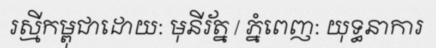
រស្មីកម្ពុជាដោយ: មុនីរ័ត្ន / ភ្នំពេញ: យុទ្ធនាការ